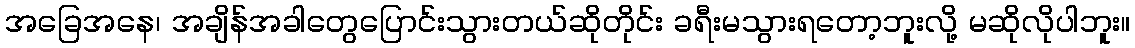
အခြေအနေ၊ အချိန်အခါတွေပြောင်းသွားတယ်ဆိုတိုင်း ခရီးမသွားရတော့ဘူးလို့ မဆိုလိုပါဘူး။